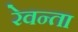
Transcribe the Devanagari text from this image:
रेवन्ता